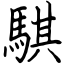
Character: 騏